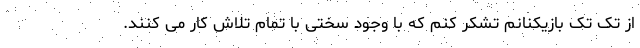
از تک تک بازیکنانم تشکر کنم که با وجود سختی با تمام تلاش کار می کنند.